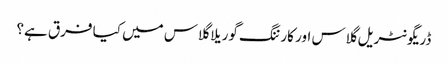
ڈریگونٹریل گلاس اور کارننگ گوریلا گلاس میں کیا فرق ہے؟